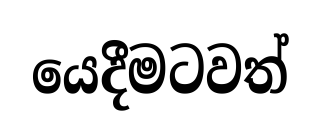
යෙදීමටවත්